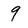
Character: 9